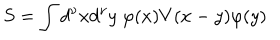
LaTeX: S = \int d ^ { \nu } x d ^ { \nu } y ~ \varphi ( x ) V ( x - y ) \varphi ( y )